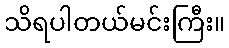
သိရပါတယ်မင်းကြီး။